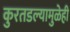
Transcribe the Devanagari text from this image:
कुरतडल्यामुळेही